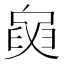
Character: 𦥺